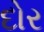
દોર